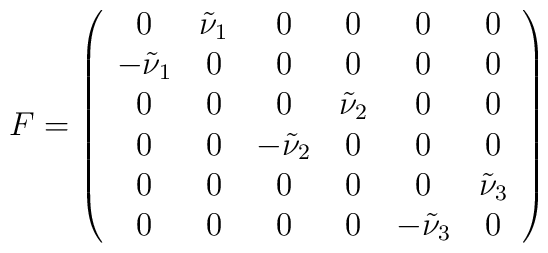
F=\left(\begin{array}{cccccc}0&\tilde{\nu}_1&0&0&0&0\\-\tilde{\nu}_1&0&0&0&0&0\\0&0&0&\tilde{\nu}_2&0&0\\0&0&-\tilde{\nu}_2&0&0&0\\0&0&0&0&0&\tilde{\nu}_3\\0&0&0&0&-\tilde{\nu}_3&0\end{array}\right)